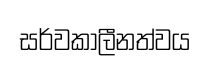
සර්වකාලීනත්වය